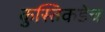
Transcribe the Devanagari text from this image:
कुस्तिकडेच